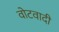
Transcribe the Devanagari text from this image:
वोटवादी